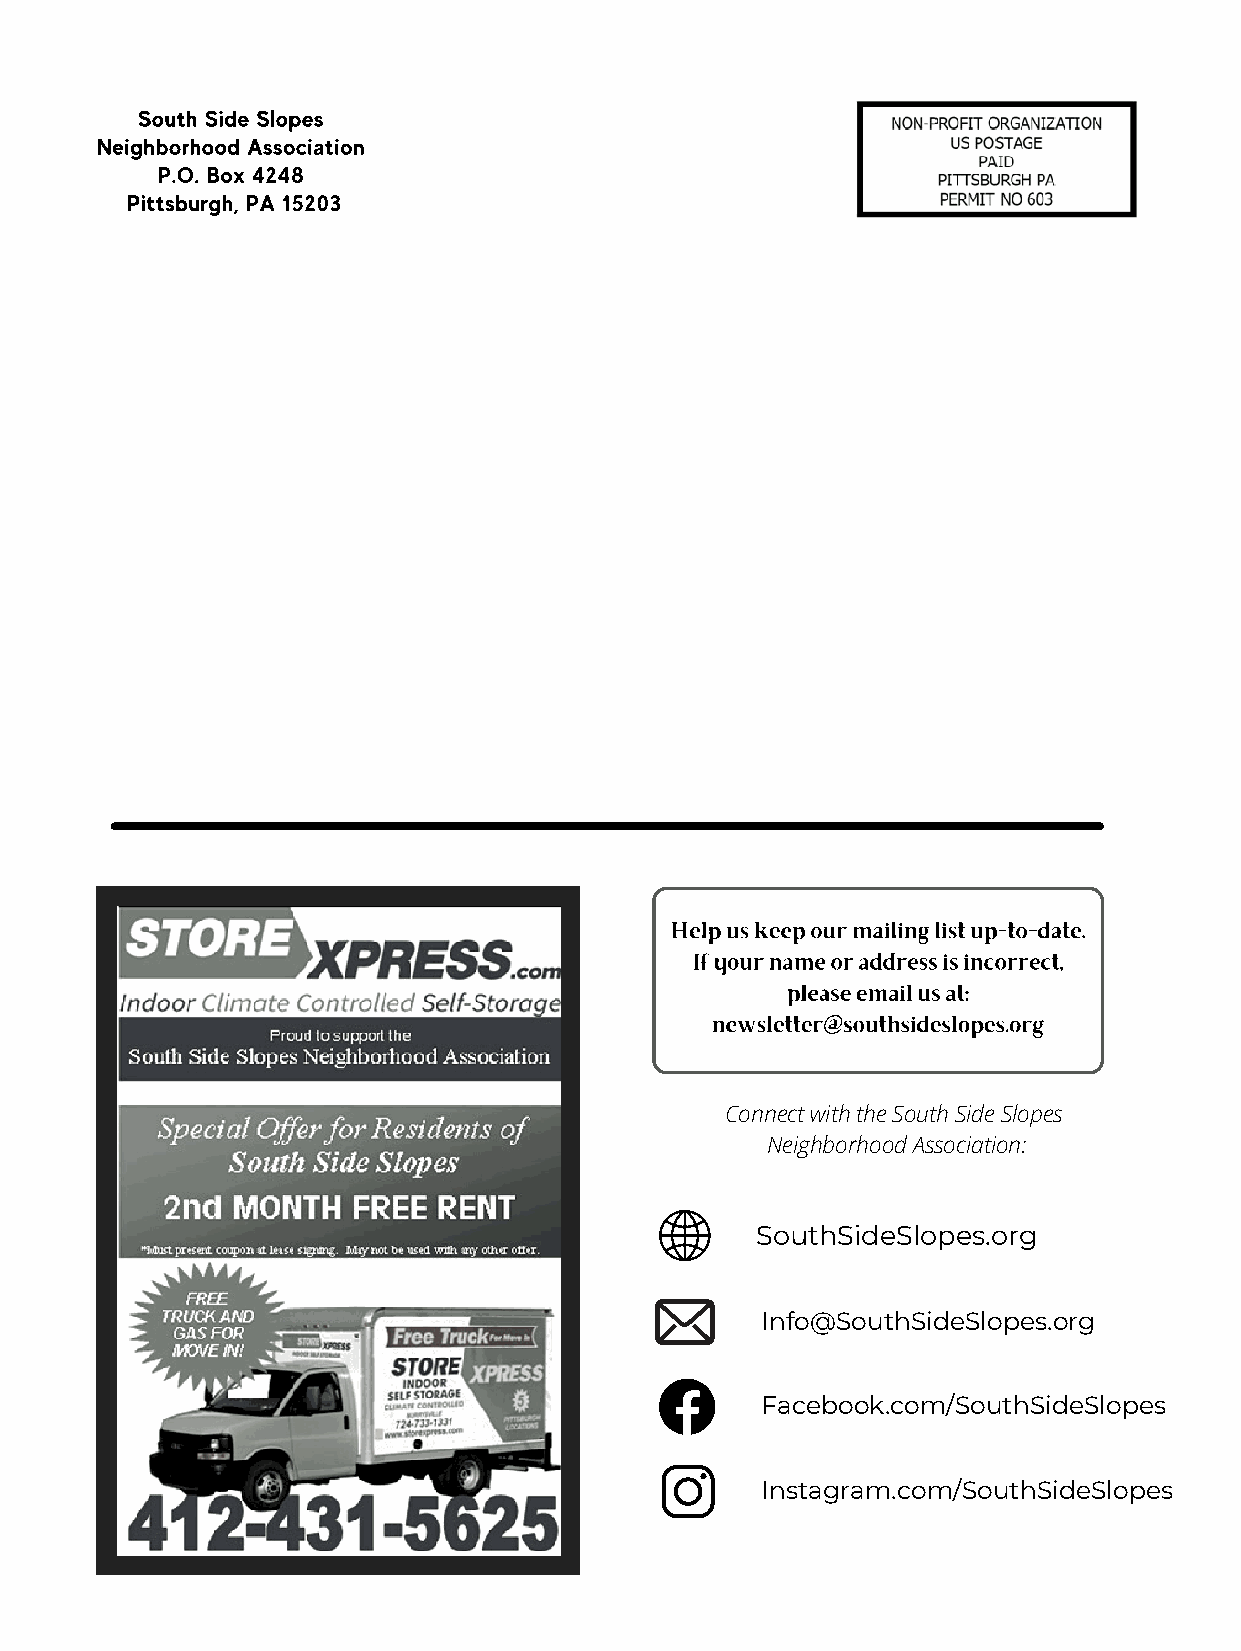
South Side Slopes
 Neighborhood Association
 P.O. Box 4248
 Pittsburgh, PA 15203
 Help us keep our mailing list up-to-date.
 If your name or address is incorrect,
 please email us at:
 newsletter@southsideslopes.org
 Connect with the South Side Slopes
 Neighborhood Association:
 SouthSideSlopes.org
 Info@SouthSideSlopes.org
 Facebook.com/SouthSideSlopes
 Instagram.com/SouthSideSlopes